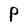
Character: P